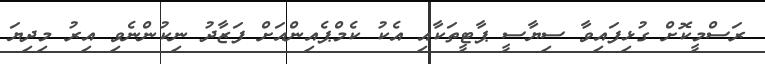
ރަސްމީކޮށް ގުޅިފައިވާ ސިޔާސީ ޕާޓީތަކާއި އެކު ކެމްޕެއިންއަށް ފަޒާދު ނިކުންނެވި އިރު މިދިޔަ